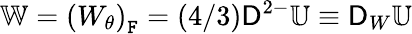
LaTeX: \mathbb{W}=\left(W_{\theta}\right)_{\mathtt{F}}=(4/3)\mathsf{D}^{2-}\mathbb{U}\equiv\mathsf{D}_{W}\mathbb{U}